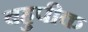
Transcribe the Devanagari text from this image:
बहुपीक